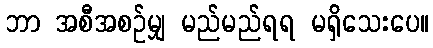
ဘာ အစီအစဉ်မျှ မည်မည်ရရ မရှိသေးပေ။